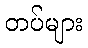
တပ်များ